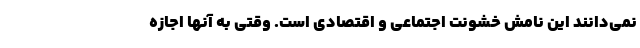
نمی‌دانند این نامش خشونت اجتماعی و اقتصادی است. وقتی به آنها اجازه